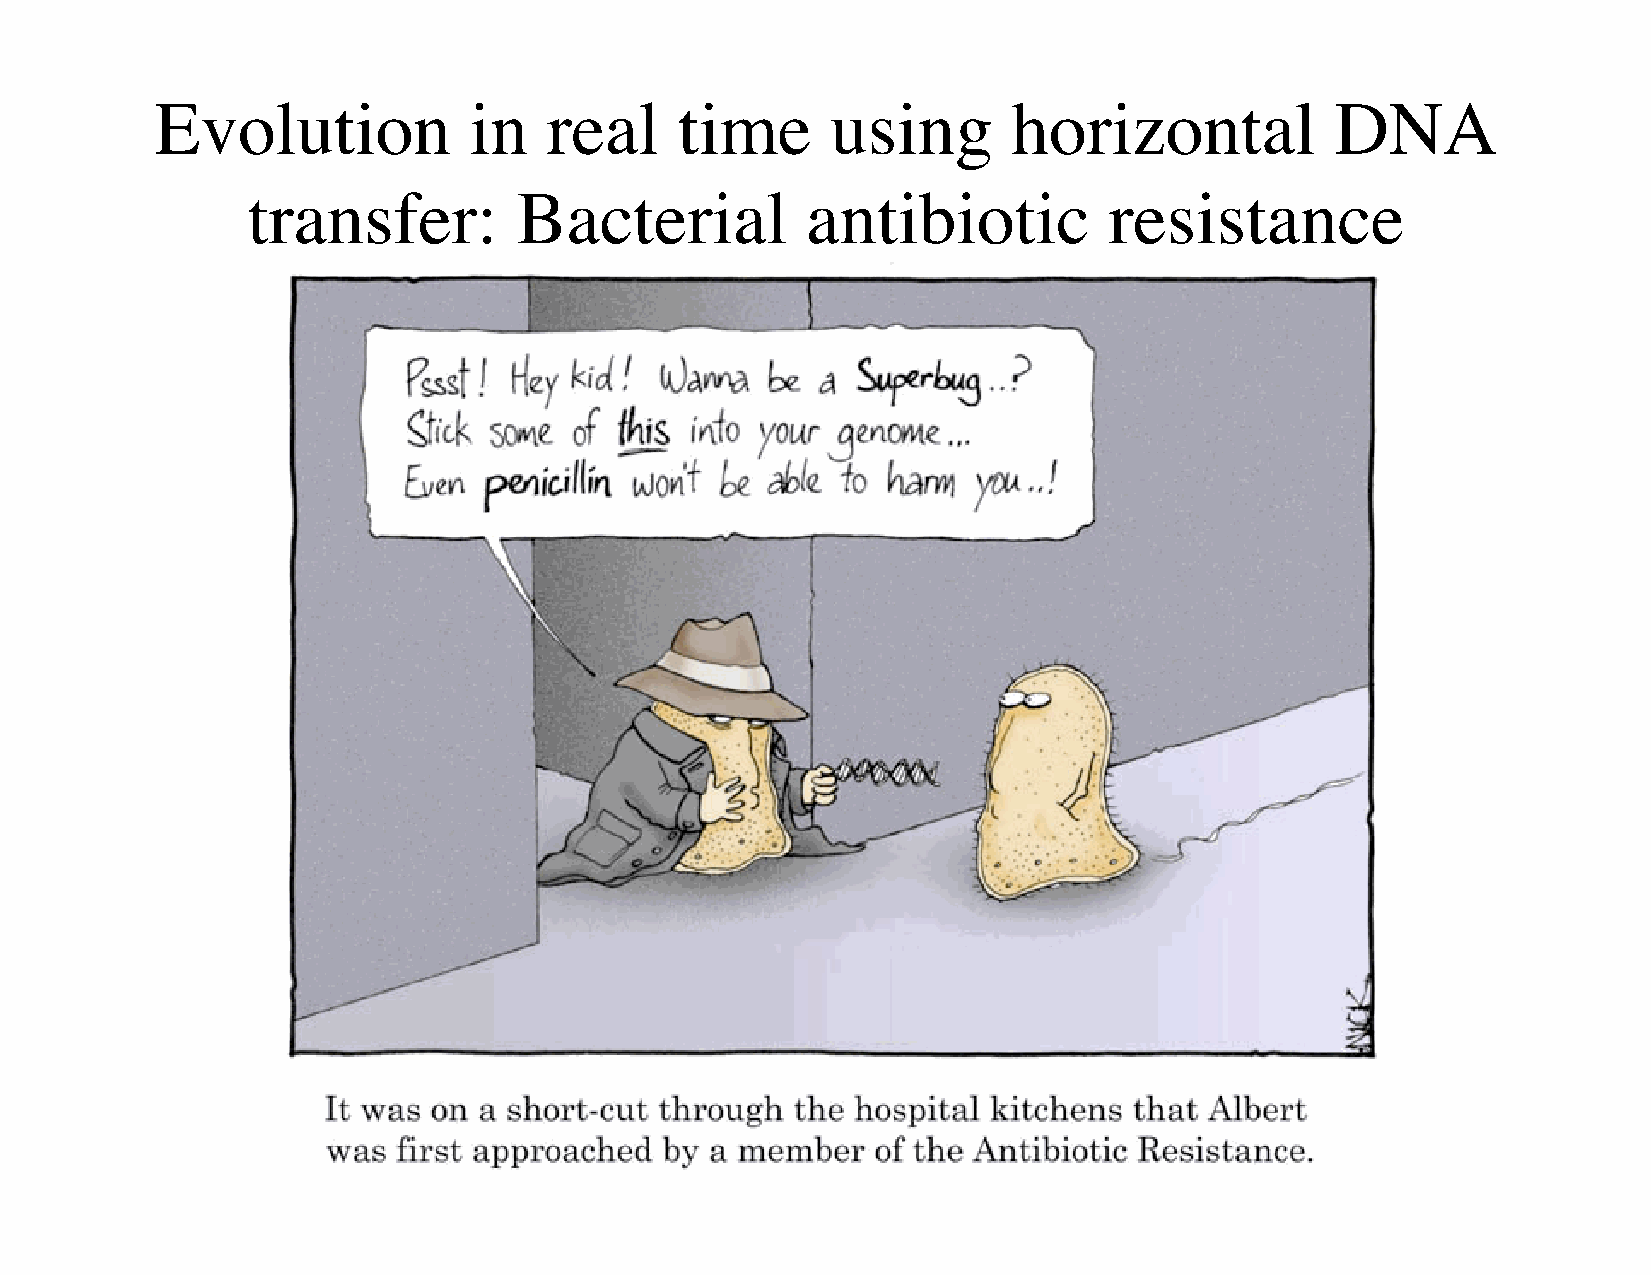
Evolution            in   real     time      using       horizontal           DNA
 transfer:         Bacterial          antibiotic          resistance